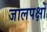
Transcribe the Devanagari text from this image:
जालपक्षों